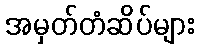
အမှတ်တံဆိပ်များ